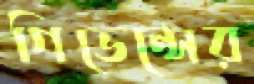
গিভেন্সের